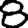
Digit: 8